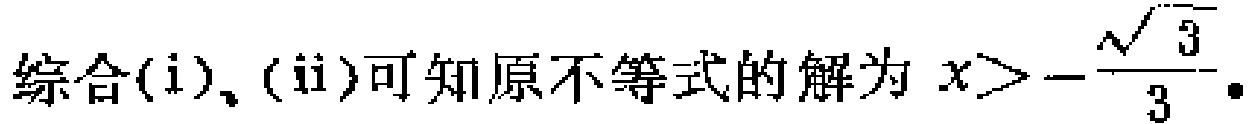
综合(i)、(ii)可知原不等式的解为 \(x>-\frac{\sqrt{3}}{3}\)。